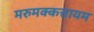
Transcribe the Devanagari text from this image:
मरुमक्कत्तायम